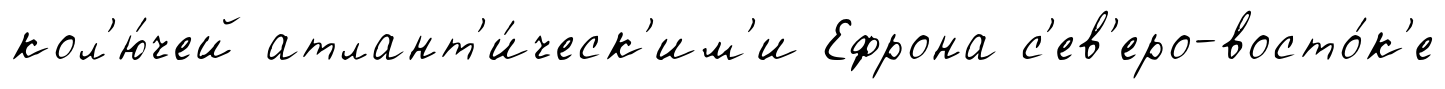
кол'ю́чей атлант'и́ческ'им'и Ефрона с'ев'еро-восто́к'е